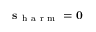
\mathbf s _ { \mathrm { ~ h ~ a ~ r ~ m ~ } } = \mathbf 0